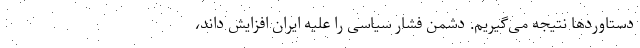
دستاوردها نتیجه می‌گیریم. دشمن فشار سیاسی را علیه ایران افزایش داند،